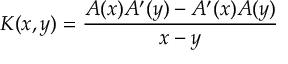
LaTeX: K ( x , y ) = { \frac { A ( x ) A ^ { \prime } ( y ) - A ^ { \prime } ( x ) A ( y ) } { x - y } }